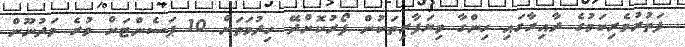
ފަތުރުވެރިކަމުގެ ދާއިރާގައި ހިންގާ ވިޔަފާރިތަކުން ފޯރުކޮށްދޭ ހިދުމަތަށް 10 ޕަސެންޓަށް ވުރެ މަދުނޫން